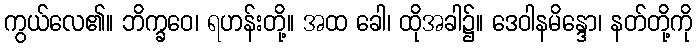
ကွယ်လေ၏။ ဘိက္ခဝေ၊ ရဟန်းတို့။ အထ ခေါ၊ ထိုအခါ၌။ ဒေဝါနမိန္ဒော၊ နတ်တို့ကို